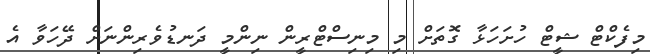
މިފެކްޓް ޝީޓް ހުށަހަޅާ ގޮތަށް މި މިނިސްޓްރީން ނިންމީ ދަނޑުވެރިންނަށް ދޭހަވާ އެ